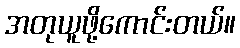
အတုယူဖို့ကောင်းတယ်။